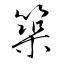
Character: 築